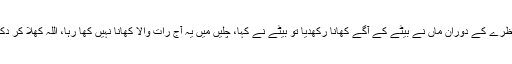
اس مناظرے کے دوران ماں نے بیٹے کے آگے کھانا رکھدیا تو بیٹے نے کہا، چلیں میں یہ آج رات والا کھانا نہیں کھا رہا، اللہ کھلا کر دکھا دے۔